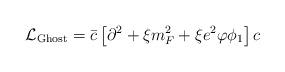
LaTeX: \begin{align*}{\cal L}_{\rm Ghost}={\bar c}\left[ \partial^2+ \xi m_F^2 + \xi e^2 \varphi \phi_1 \right]c\end{align*}